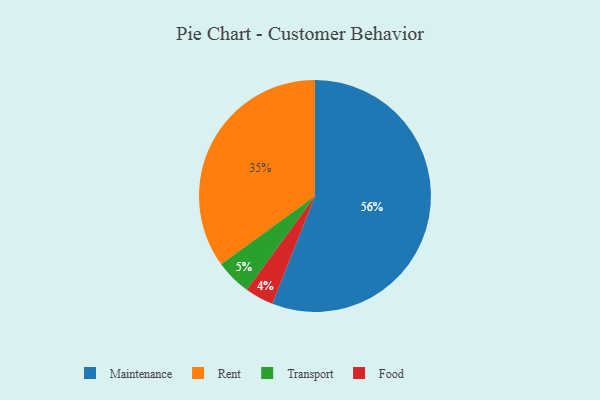
{"axis": {"x": "Category", "y": "Percentage"}, "legend": ["Food", "Maintenance", "Rent", "Transport"], "data": [{"x": "Maintenance", "y": 56, "type": "Maintenance"}, {"x": "Transport", "y": 5, "type": "Transport"}, {"x": "Food", "y": 4, "type": "Food"}, {"x": "Rent", "y": 35, "type": "Rent"}]}